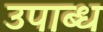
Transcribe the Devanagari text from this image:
उपाब्ध